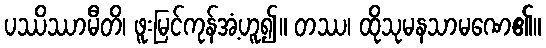
ပဿိဿာမီတိ၊ ဖူးမြင်ကုန်အံ့ဟူ၍။ တဿ၊ ထိုသုမနသာမဏေ၏။